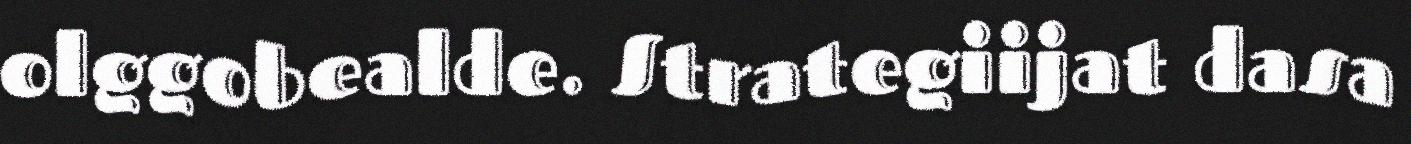
olggobealde. Strategiijat dasa